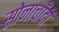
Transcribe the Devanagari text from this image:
सोनाचाँदी